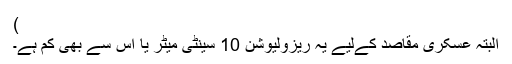
)
البتہ عسکری مقاصد کےلیے یہ ریزولیوشن 10 سینٹی میٹر یا اس سے بھی کم ہے۔